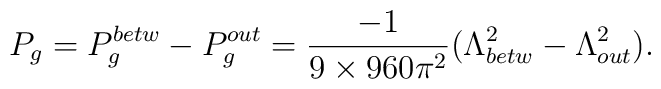
P_{g}=P^{betw}_{g}-P^{out}_{g}=\frac{-1}{9\times 960\pi^{2}} (\Lambda_{betw}^{2}-\Lambda_{out}^{2}).